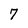
Character: 7